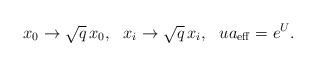
LaTeX: \begin{align*}x_0 \rightarrow \sqrt{q}\,x_0,~~x_i \rightarrow \sqrt{q}\,x_i,~~ua_{\rm eff}=e^{U}.\end{align*}